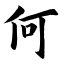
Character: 何